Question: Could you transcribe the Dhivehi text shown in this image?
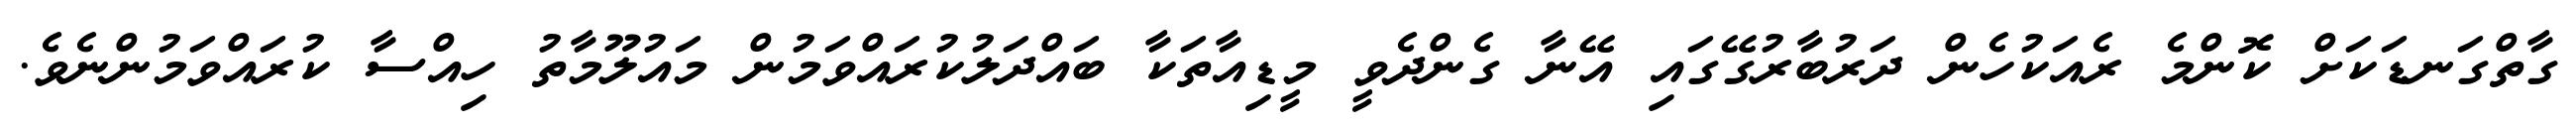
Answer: ގާތްގަނޑަކަށް ކޮންމެ ރެއަކުހެން ދަރުބާރުގޭގައި އޭނާ ގެންދެވީ މީޑިއާތަކާ ބައްދަލުކުރައްވަމުން މައުލޫމާތު ހިއްސާ ކުރައްވަމުންނެވެ.